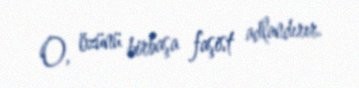
O, özünü birbaşa faşist adlandırır.